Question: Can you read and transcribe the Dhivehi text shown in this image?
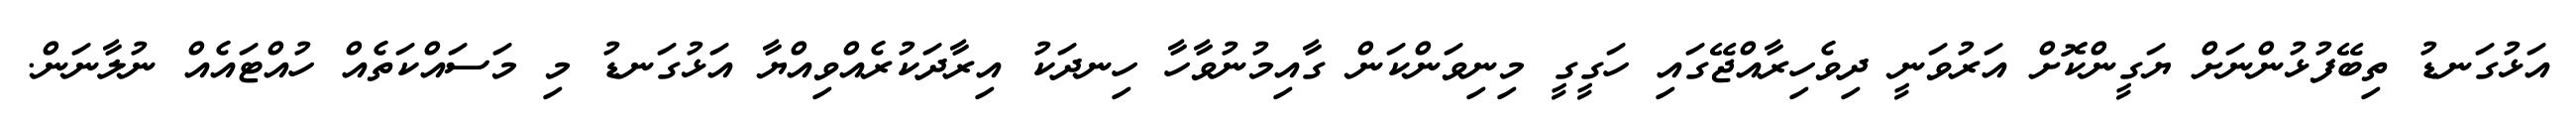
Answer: އަޅުގަނޑު ތިބޭފުޅުންނަށް ޔަގީންކޮށް އަރުވަނީ ދިވެހިރާއްޖޭގައި ހަގީގީ މިނިވަންކަން ގާއިމުނުވާހާ ހިނދަކު އިރާދަކުރެއްވިއްޔާ އަޅުގަނޑު މި މަސައްކަތެއް ހުއްޓައެއް ނުލާނަން.